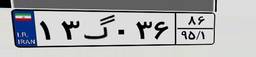
۱۳گ۰۳۶۸۶